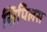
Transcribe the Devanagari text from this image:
सिपिलस